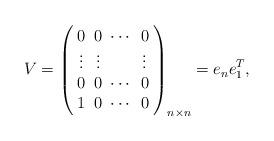
LaTeX: \begin{align*} V= \left( \arraycolsep3pt \begin{array}{cccc} 0 & 0 & \cdots & 0\\ \vdots & \vdots & & \vdots \\ 0 & 0 & \cdots & 0\\ 1 & 0 & \cdots & 0 \end{array} \right)_{n\times n} = e_n e_1^T, \end{align*}